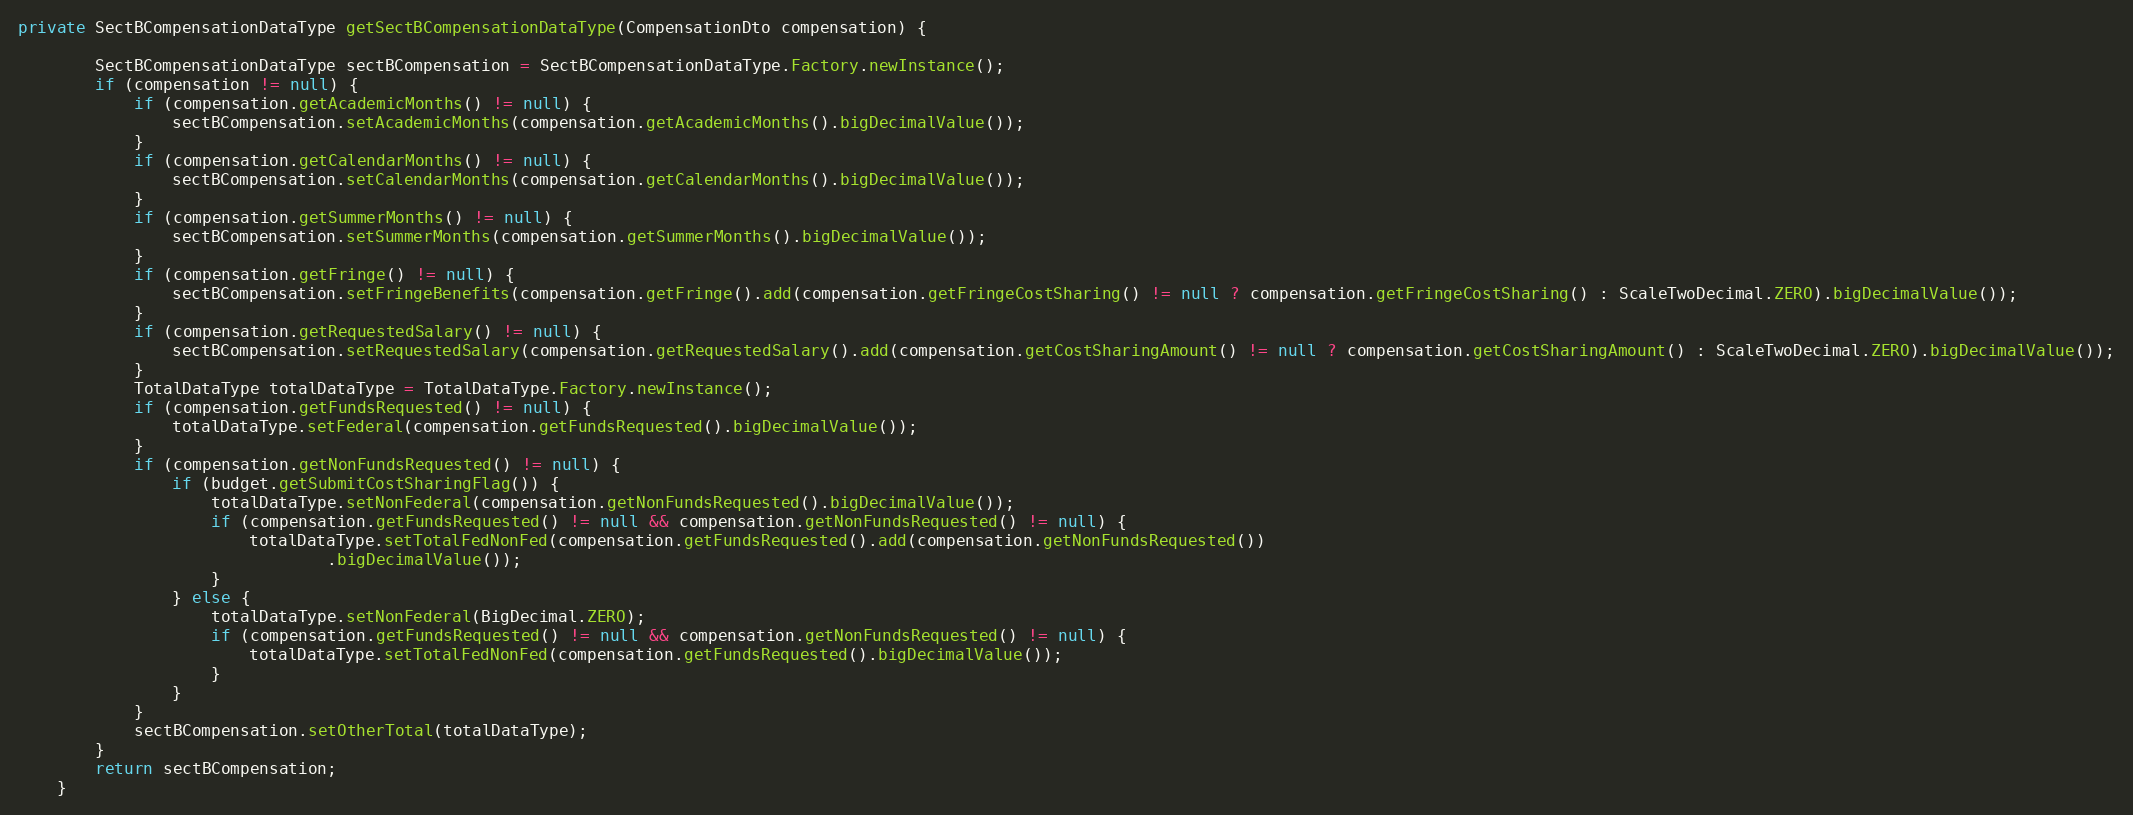
Language: Java
private SectBCompensationDataType getSectBCompensationDataType(CompensationDto compensation) {

        SectBCompensationDataType sectBCompensation = SectBCompensationDataType.Factory.newInstance();
        if (compensation != null) {
            if (compensation.getAcademicMonths() != null) {
                sectBCompensation.setAcademicMonths(compensation.getAcademicMonths().bigDecimalValue());
            }
            if (compensation.getCalendarMonths() != null) {
                sectBCompensation.setCalendarMonths(compensation.getCalendarMonths().bigDecimalValue());
            }
            if (compensation.getSummerMonths() != null) {
                sectBCompensation.setSummerMonths(compensation.getSummerMonths().bigDecimalValue());
            }
            if (compensation.getFringe() != null) {
                sectBCompensation.setFringeBenefits(compensation.getFringe().add(compensation.getFringeCostSharing() != null ? compensation.getFringeCostSharing() : ScaleTwoDecimal.ZERO).bigDecimalValue());
            }
            if (compensation.getRequestedSalary() != null) {
                sectBCompensation.setRequestedSalary(compensation.getRequestedSalary().add(compensation.getCostSharingAmount() != null ? compensation.getCostSharingAmount() : ScaleTwoDecimal.ZERO).bigDecimalValue());
            }
            TotalDataType totalDataType = TotalDataType.Factory.newInstance();
            if (compensation.getFundsRequested() != null) {
                totalDataType.setFederal(compensation.getFundsRequested().bigDecimalValue());
            }
            if (compensation.getNonFundsRequested() != null) {
                if (budget.getSubmitCostSharingFlag()) {
                    totalDataType.setNonFederal(compensation.getNonFundsRequested().bigDecimalValue());
                    if (compensation.getFundsRequested() != null && compensation.getNonFundsRequested() != null) {
                        totalDataType.setTotalFedNonFed(compensation.getFundsRequested().add(compensation.getNonFundsRequested())
                                .bigDecimalValue());
                    }
                } else {
                    totalDataType.setNonFederal(BigDecimal.ZERO);
                    if (compensation.getFundsRequested() != null && compensation.getNonFundsRequested() != null) {
                        totalDataType.setTotalFedNonFed(compensation.getFundsRequested().bigDecimalValue());
                    }
                }
            }
            sectBCompensation.setOtherTotal(totalDataType);
        }
        return sectBCompensation;
    }